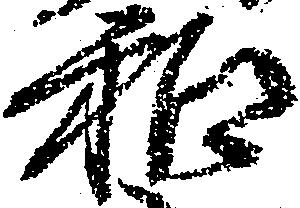
和